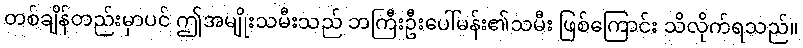
တစ်ချိန်တည်းမှာပင် ဤအမျိုးသမီးသည် ဘကြီးဦးပေါ်မန်း၏သမီး ဖြစ်ကြောင်း သိလိုက်ရသည်။